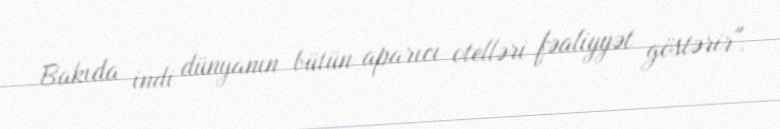
Bakıda indi dünyanın bütün aparıcı otelləri fəaliyyət göstərir".